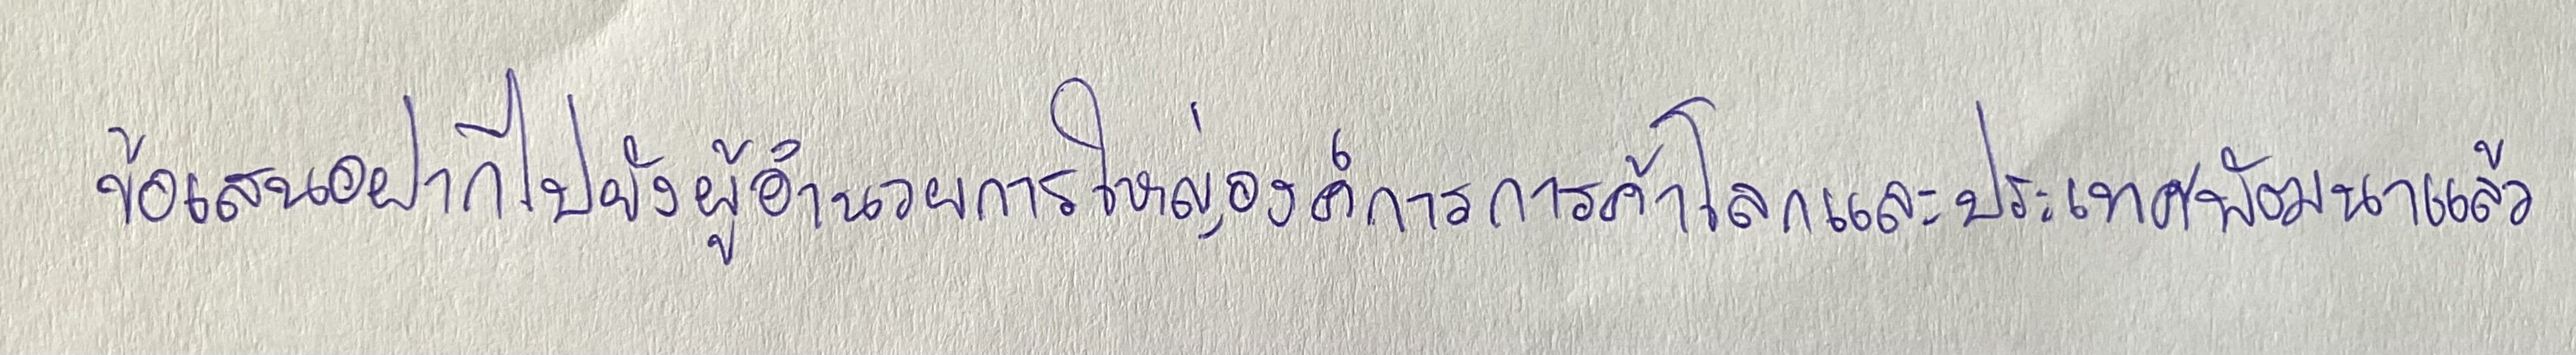
ข้อเสนอฝากไปยังผู้อำนวยการใหญ่องค์การการค้าโลกและประเทศพัฒนาแล้ว